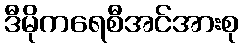
ဒီမိုကရေစီအင်အားစု